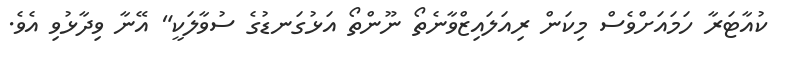
ކުއާޓަރާ ހަމައަށްވެސް މިކަން ރިއަލައިޒްވާނެތޯ ނޫންތޯ އަޅުގަނޑުގެ ސުވާލަކީ" އޭނާ ވިދާޅުވި އެވެ.